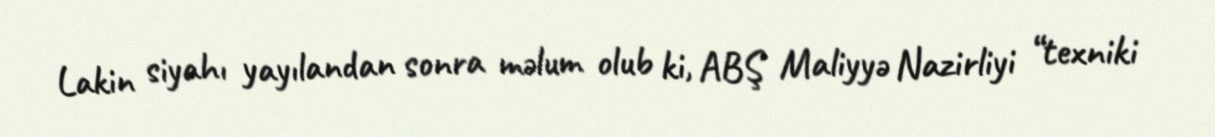
Lakin siyahı yayılandan sonra məlum olub ki, ABŞ Maliyyə Nazirliyi “texniki